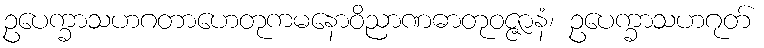
ဥပေက္ခာသဟဂတာဟေတုကမနောဝိညာဏဓာတုဝဇ္ဇာနံ၊ ဥပေက္ခာသဟဂုတ်